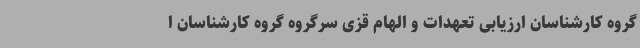
گروه کارشناسان ارزیابی تعهدات و الهام قزی سرگروه گروه کارشناسان ا